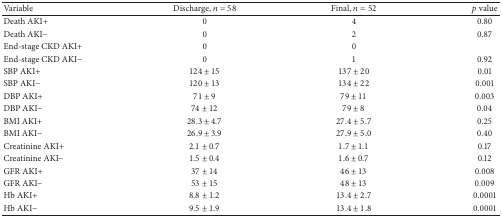
<table><thead><tr><td><b>Variable</b></td><td><b>Discharge, <i>n</i> = 58</b></td><td><b>Final, <i>n</i> = 52</b></td><td><b><i>p</i> value</b></td></tr></thead><tbody><tr><td>Death AKI+</td><td>0</td><td>4</td><td>0.80</td></tr><tr><td>Death AKI−</td><td>0</td><td>2</td><td>0.87</td></tr><tr><td>End-stage CKD AKI+</td><td>0</td><td>0</td><td> </td></tr><tr><td>End-stage CKD AKI−</td><td>0</td><td>1</td><td>0.92</td></tr><tr><td>SBP AKI+</td><td>124 ± 15</td><td>137 ± 20</td><td>0.01</td></tr><tr><td>SBP AKI−</td><td>120 ± 13</td><td>134 ± 22</td><td>0.001</td></tr><tr><td>DBP AKI+</td><td>71 ± 9</td><td>79 ± 11</td><td>0.003</td></tr><tr><td>DBP AKI−</td><td>74 ± 12</td><td>79 ± 8</td><td>0.04</td></tr><tr><td>BMI AKI+</td><td>28.3 ± 4.7</td><td>27.4 ± 5.7</td><td>0.25</td></tr><tr><td>BMI AKI−</td><td>26.9 ± 3.9</td><td>27.9 ± 5.0</td><td>0.40</td></tr><tr><td>Creatinine AKI+</td><td>2.1 ± 0.7</td><td>1.7 ± 1.1</td><td>0.17</td></tr><tr><td>Creatinine AKI−</td><td>1.5 ± 0.4</td><td>1.6 ± 0.7</td><td>0.12</td></tr><tr><td>GFR AKI+</td><td>37 ± 14</td><td>46 ± 13</td><td>0.008</td></tr><tr><td>GFR AKI−</td><td>53 ± 15</td><td>48 ± 13</td><td>0.009</td></tr><tr><td>Hb AKI+</td><td>8.8 ± 1.2</td><td>13.4 ± 2.7</td><td>0.0001</td></tr><tr><td>Hb AKI−</td><td>9.5 ± 1.9</td><td>13.4 ± 1.8</td><td>0.0001</td></tr></tbody></table>